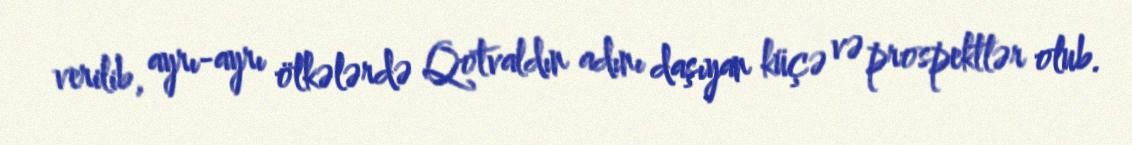
verilib, ayrı-ayrı ölkələrdə Qotvaldın adını daşıyan küçə və prospektlər olub.